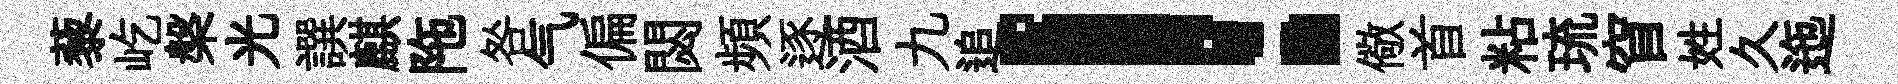
藜屹槃光譔麒陁咎气偏閟頻逐酒九追！儆首粘琉窅姓久迤